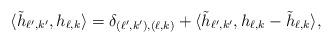
LaTeX: \begin{align*} \langle \tilde{h}_{\ell',k'}, h_{\ell,k}\rangle = \delta_{(\ell',k'), (\ell,k)}+ \langle \tilde{h}_{\ell',k'}, h_{\ell,k}-\tilde{h}_{\ell,k}\rangle,\end{align*}